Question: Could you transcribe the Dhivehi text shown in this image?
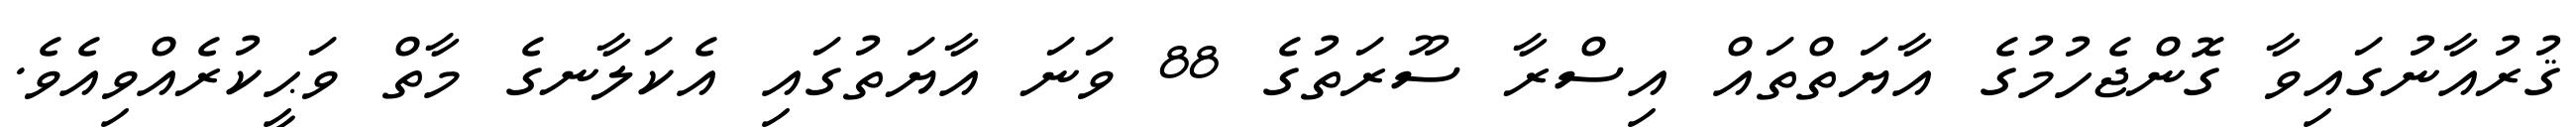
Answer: ޤުރުއާނުގައިވާ ގޮންޖެހުމުގެ އާޔަތްތައް އިސްރާ ސޫރަތުގެ 88 ވަނަ އާޔަތުގައި އެކަލާނގެ މާތް ވަޙީކުރެއްވިއެވެ.